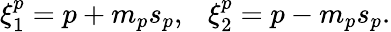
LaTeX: \xi_{1}^{p}=p+m_{p}s_{p},~~~\xi_{2}^{p}=p-m_{p}s_{p}.